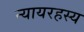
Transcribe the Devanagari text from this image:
न्यायरहस्य